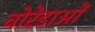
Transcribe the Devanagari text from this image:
वोरेडाओं